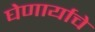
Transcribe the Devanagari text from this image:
घेणार्याचे